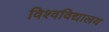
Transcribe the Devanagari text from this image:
विश्‍वविद्यालय